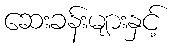
ဆေးခန်းများနှင့်